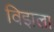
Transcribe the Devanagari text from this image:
विझला